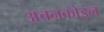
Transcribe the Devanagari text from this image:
अचनकोइल